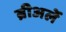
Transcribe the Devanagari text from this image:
ब्रीअर्ले